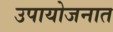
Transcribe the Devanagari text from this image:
उपायोजनात